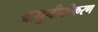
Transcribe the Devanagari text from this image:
आधुनीकीकरण